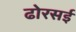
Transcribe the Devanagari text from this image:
ढोरसई